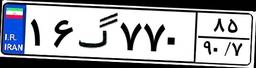
۱۶گ۷۷۰۸۵